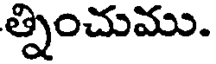
త్నించుము.